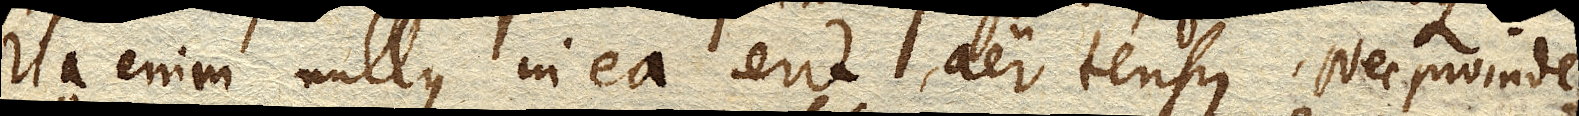
Ita enim nullus in ea erit aer tensus. Nec proinde